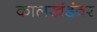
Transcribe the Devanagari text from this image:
कालखंडंवर